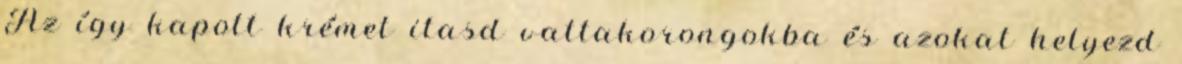
Az így kapott krémet itasd vattakorongokba és azokat helyezd